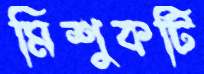
মিশুকটি